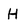
Character: H